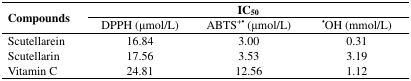
<table><thead><tr><td rowspan="3"><b>Compounds</b></td><td colspan="3"><b>IC<sub>50</sub></b></td></tr><tr><td><b>DPPH (μmol/L)</b></td><td><b>ABTS<sup>+•</sup> (μmol/L)</b></td><td><b><sup>•</sup>OH (mmol/L)</b></td></tr></thead><tbody><tr><td>Scutellarein</td><td>16.84</td><td>3.00</td><td>0.31</td></tr><tr><td>Scutellarin</td><td>17.56</td><td>3.53</td><td>3.19</td></tr><tr><td>Vitamin C</td><td>24.81</td><td>12.56</td><td>1.12</td></tr></tbody></table>